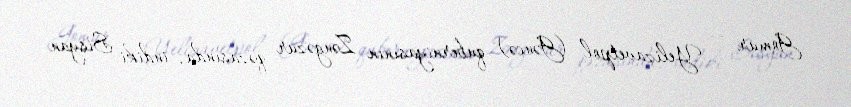
Gomur — Yelizavetpol (Gəncə) quberniyasının Zəngəzur qəzasında, indiki Sisyan